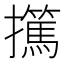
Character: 𰔺